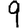
Digit: 9